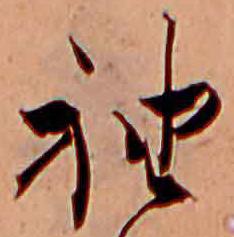
袖